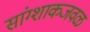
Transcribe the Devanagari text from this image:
सांग्शाकजवळ